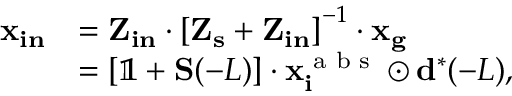
\begin{array} { r l } { \mathbf { x _ { i n } } } & { = \mathbf { Z _ { i n } } \cdot \left[ \mathbf { Z _ { s } } + \mathbf { Z _ { i n } } \right] ^ { - 1 } \cdot \mathbf { x _ { g } } } \\ & { = \left[ \mathbb { 1 } + \mathbf { S } ( - L ) \right] \cdot \mathbf { x _ { i } ^ { \textrm { a b s } } } \odot \mathbf { d } ^ { * } ( - L ) , } \end{array}